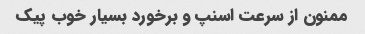
ممنون از سرعت اسنپ و برخورد بسیار خوب پیک